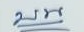
บน